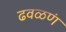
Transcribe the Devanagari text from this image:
ढवळणं